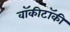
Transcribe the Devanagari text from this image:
वॉकीटॉकी